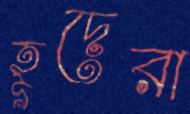
হূদেরা